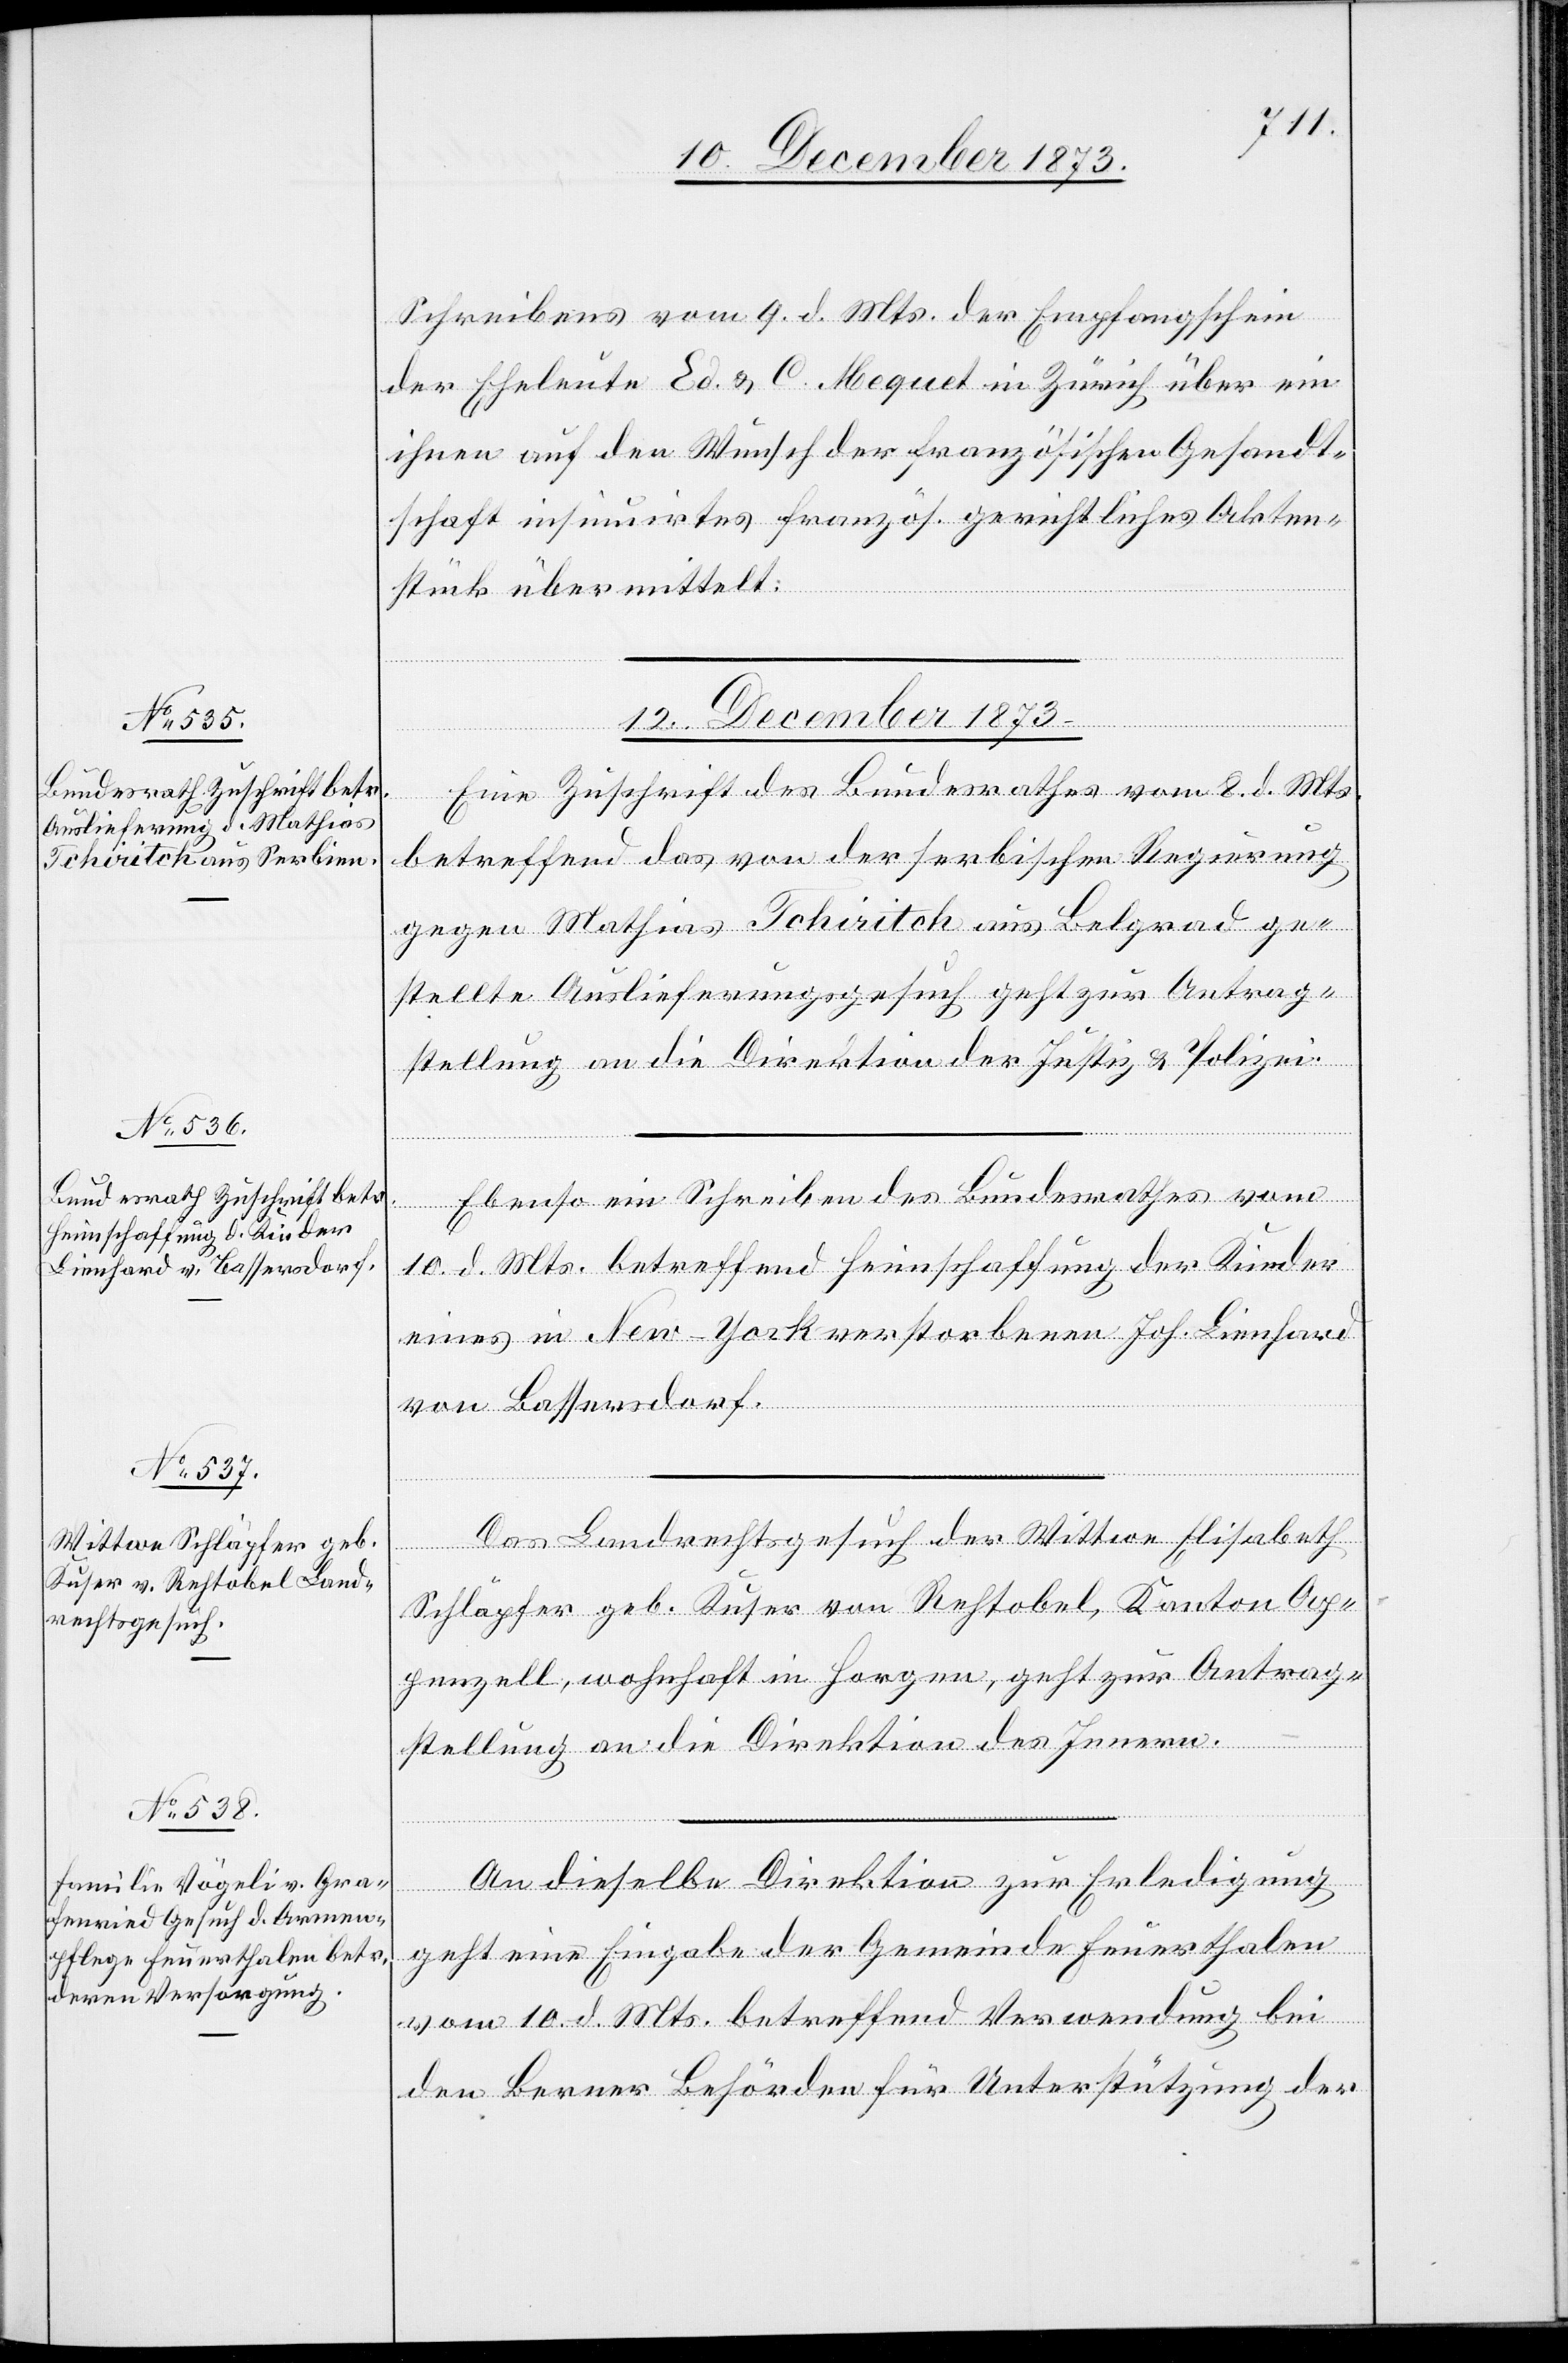
Schreibens vom 9. d. Mts. der Empfangschein
der Eheleute Ed. & C. Mequet in Zürich über ein
ihnen auf den Wunsch der französischen Gesandt¬
schaft insinuirtes französ. gerichtliches Akten¬
stück übermittelt.
12. December 1873.]
Eine Zuschrift des Bundesrathes vom 8. d. Mts.
betreffend das von der serbischen Regierung
gegen Mathias Tchiritch aus Belgrad ge¬
stellte Auslieferungsgesuch geht zur Antrag¬
stellung an die Direktion der Justiz & Polizei.
Ebenso ein Schreiben des Bundesrathes vom
10. d. Mts. betreffend Heimschaffung der Kinder
eines in New-York verstorbenen Joh. Lienhard
von Bassersdorf.
Das Landrechtsgesuch der Wittwe Elisabeth
Schläpfer geb. Kuser von Rehtobel, Kanton Ap¬
penzell, wohnhaft in Horgen, geht zur Antrag¬
stellung an die Direktion des Innern.
An dieselbe Direktion zur Erledigung
geht eine Eingabe der Gemeinde Feuerthalen
vom 10. d. Mts. betreffend Verwendung bei
den Berner Behörden für Unterstützung der